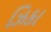
ઝિકા